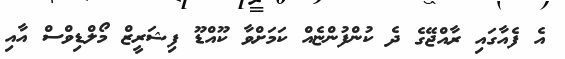
އެ ފެއާގައި ރާއްޖޭގެ ދެ ކުންފުންޏެއް ކަމަށްވާ ކޫއްޑޫ ފިޝަރީޒް މޯލްޑިވްސް އާއި